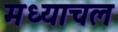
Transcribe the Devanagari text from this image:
मध्याचल